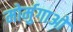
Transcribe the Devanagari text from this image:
मोर्मुगाओ